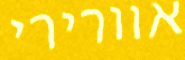
אוורירי